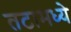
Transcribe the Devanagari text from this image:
तटामध्ये